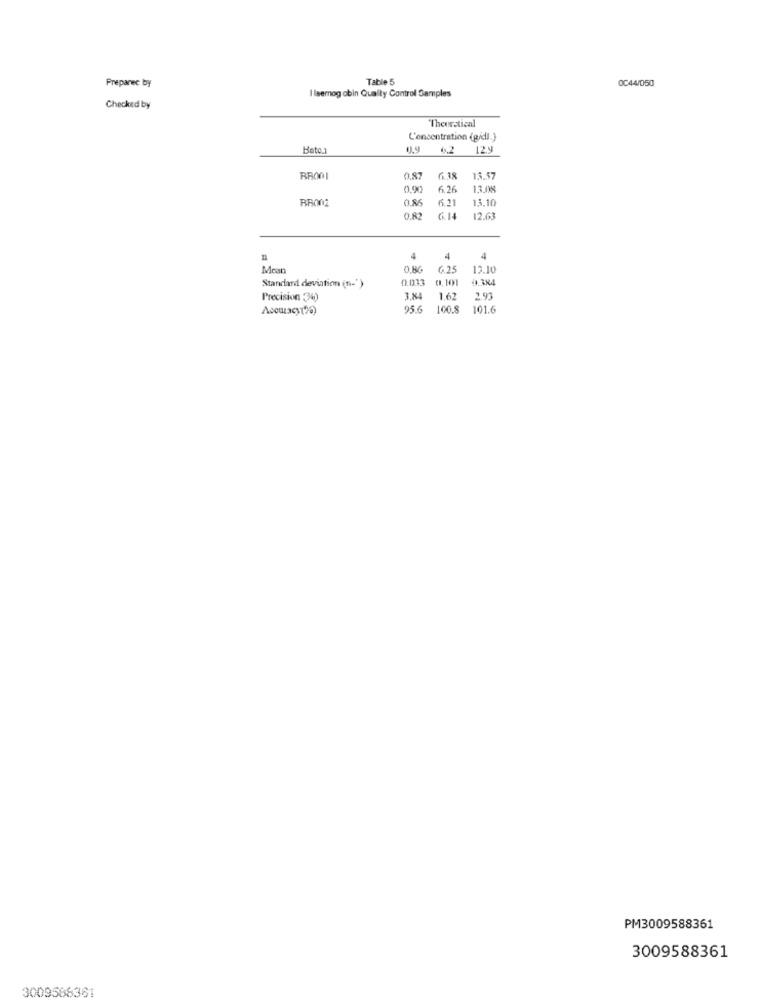
Table 5
0C44/050
Preparec by
I lserog obin Quality Control Samples
Checked by
Theoretical
L'oncentration (g/dl.}
Hate.
0.9
6.2
129
RR001
0.87
6.18
13.57
0.90
6.26
13.08
BB002
0.86
65.21
15,10
0.82
6.14
12.63
4
4
4
Mean
0.8G
6.25
12.10
Standard deviation (n-')
0.033
0.101
Precision (3%)
3.K
1.62
2.93
956
100.8
101.6
PM3009588361
3009588361
3009568361